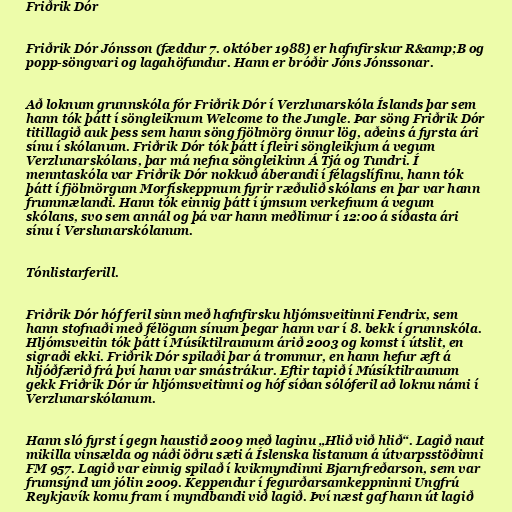
Friðrik Dór

Friðrik Dór Jónsson (fæddur 7. október 1988) er hafnfirskur R&amp;B og
popp-söngvari og lagahöfundur. Hann er bróðir Jóns Jónssonar.

Að loknum grunnskóla fór Friðrik Dór í Verzlunarskóla Íslands þar sem
hann tók þátt í söngleiknum Welcome to the Jungle. Þar söng Friðrik Dór
titillagið auk þess sem hann söng fjölmörg önnur lög, aðeins á fyrsta ári
sínu í skólanum. Friðrik Dór tók þátt í fleiri söngleikjum á vegum
Verzlunarskólans, þar má nefna söngleikinn Á Tjá og Tundri. Í
menntaskóla var Friðrik Dór nokkuð áberandi í félagslífinu, hann tók
þátt í fjölmörgum Morfískeppnum fyrir ræðulið skólans en þar var hann
frummælandi. Hann tók einnig þátt í ýmsum verkefnum á vegum
skólans, svo sem annál og þá var hann meðlimur í 12:00 á síðasta ári
sínu í Verslunarskólanum.

Tónlistarferill.

Friðrik Dór hóf feril sinn með hafnfirsku hljómsveitinni Fendrix, sem
hann stofnaði með félögum sínum þegar hann var í 8. bekk í grunnskóla.
Hljómsveitin tók þátt í Músíktilraunum árið 2003 og komst í útslit, en
sigraði ekki. Friðrik Dór spilaði þar á trommur, en hann hefur æft á
hljóðfærið frá því hann var smástrákur. Eftir tapið í Músíktilraunum
gekk Friðrik Dór úr hljómsveitinni og hóf síðan sólóferil að loknu námi í
Verzlunarskólanum.

Hann sló fyrst í gegn haustið 2009 með laginu „Hlið við hlið“. Lagið naut
mikilla vinsælda og náði öðru sæti á Íslenska listanum á útvarpsstöðinni
FM 957. Lagið var einnig spilað í kvikmyndinni Bjarnfreðarson, sem var
frumsýnd um jólin 2009. Keppendur í fegurðarsamkeppninni Ungfrú
Reykjavík komu fram í myndbandi við lagið. Því næst gaf hann út lagið